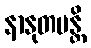
နာနုတပန္တိ